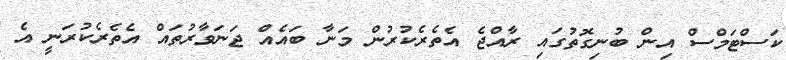
ކަސްޓަމްސް އިން ބުނިގޮތުގައި ރާއްޖެ އެތެރެކުރުން މަނާ ބައެއް ޖަނަވާރުތައް އެތެރެކުރަނީ އެ